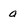
Character: a